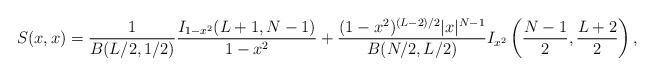
LaTeX: \begin{align*}S(x,x)=\frac{1}{B(L/2,1/2)}\frac{I_{1-x^2}(L+1,N-1)}{1-x^2}+\frac{(1-x^2)^{(L-2)/2}|x|^{N-1}}{B(N/2,L/2)}I_{x^2}\left(\frac{N-1}2,\frac{L+2}2\right),\end{align*}